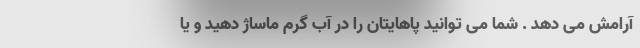
آرامش می دهد . شما می توانید پاهایتان را در آب گرم ماساژ دهید و یا